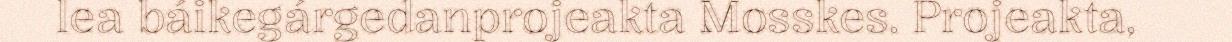
lea báikegárgedanprojeakta Mosskes. Projeakta,